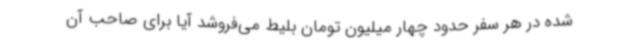
شده در هر سفر حدود چهار میلیون تومان بلیط می‌فروشد آیا برای صاحب آن